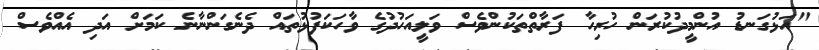
"އަޅުގަނޑު އުންމީދުކުރަން ހުރިހާ ފަރާތްތަކުންވެސް ވަލީއަހުދުގެ ވާހަކަފުޅުތައް ދެނެގަންނާނެ ކަމަށް އަދި އެއްވެސް